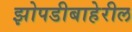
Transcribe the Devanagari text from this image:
झोपडीबाहेरील